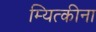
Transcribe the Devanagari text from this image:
म्यित्कीना